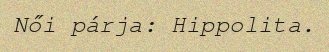
Női párja: Hippolita.